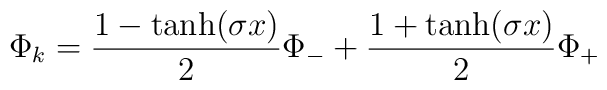
\Phi_k = {{1-\tanh(\sigma x)}\over 2} \Phi_- +                {{1+\tanh(\sigma x)}\over 2} \Phi_+